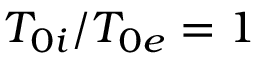
T _ { 0 i } / T _ { 0 e } = 1